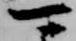
可